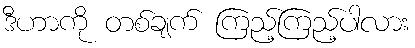
ဒီဟာကို တစ်ချက် ကြည့်ကြည့်ပါလား